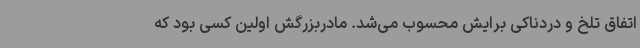
اتفاق تلخ و دردناکی برایش محسوب می‌شد. مادربزرگش اولین کسی بود که